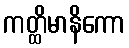
ကတ္ထိမာနိကော